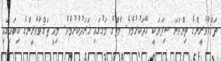
ތަޤްވާވެރީންގެ ތިންވަނަ ސިފަޔަކީ ހޭދަކުރުމެވެ. މާތްގެ މަގުގައި ޚަރަދުކުރުމެވެ. މިއީ ތަޤްވާވެރީންގެ ކިބައިގައި